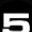
Digit: 5